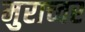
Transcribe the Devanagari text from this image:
मुराच्वर